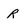
Character: r